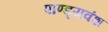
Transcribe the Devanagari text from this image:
पाण्ड्यवंश